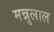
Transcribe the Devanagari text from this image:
मन्नुलाल